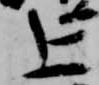
上